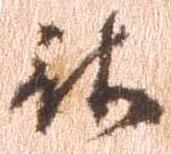
被